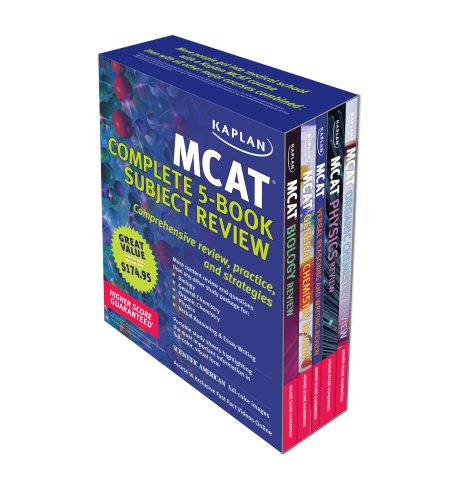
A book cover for Kaplan MCAT Review: Complete 5-Book Series (Kaplan MCAT Complete Subject Review (5v)); Kaplan; Test Preparation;